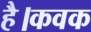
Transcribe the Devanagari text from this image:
है।कवक